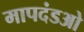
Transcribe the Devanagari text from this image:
मापदंडओ